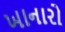
ખાનારો